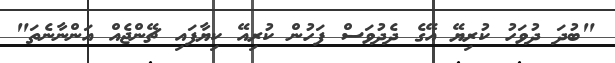
"ބުދަ ދުވަހު ކުރިޔޭ އޭގެ ދެދުވަސް ފަހުން ކުރިއޭ ކިޔާފައި ޗޭންޖެއް އަންނާނެތަ"